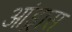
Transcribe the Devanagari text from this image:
आंड्रास